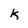
Character: k